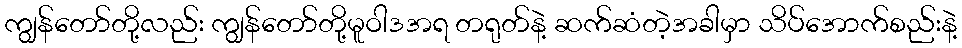
ကျွန်တော်တို့လည်း ကျွန်တော်တို့မူဝါဒအရ တရုတ်နဲ့ ဆက်ဆံတဲ့အခါမှာ သိပ်အောက်စည်းနဲ့